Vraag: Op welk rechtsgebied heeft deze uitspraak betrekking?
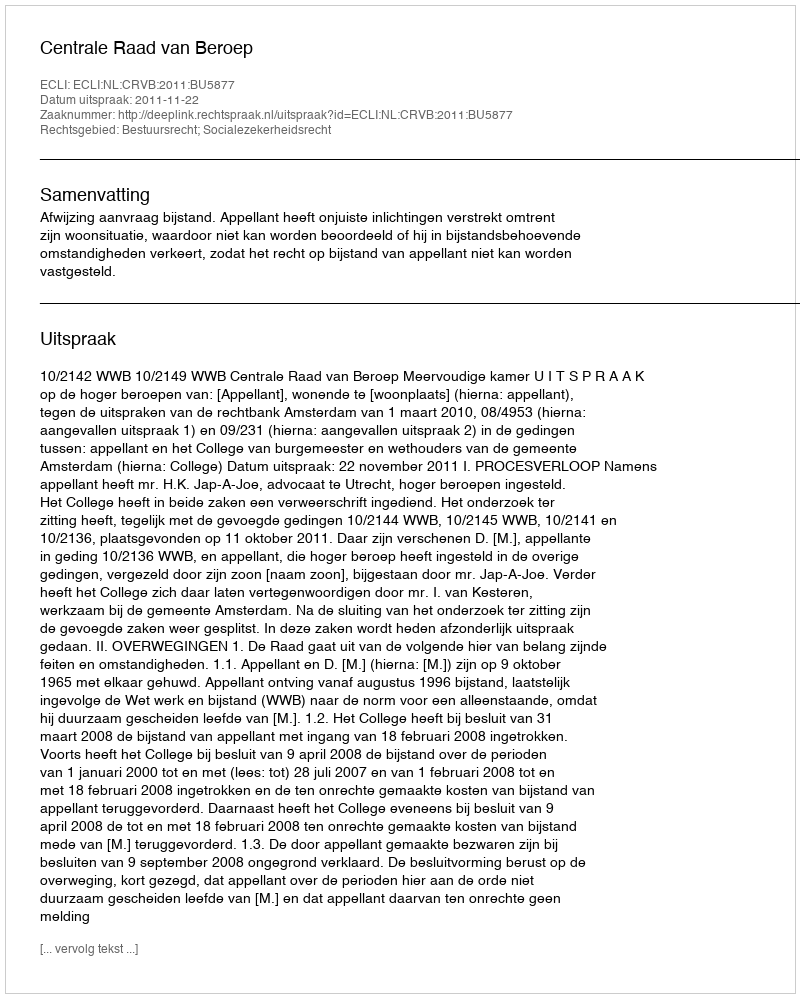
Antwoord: Bestuursrecht; Socialezekerheidsrecht